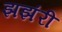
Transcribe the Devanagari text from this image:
झझंरी